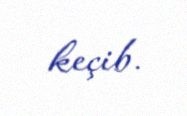
keçib.